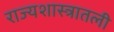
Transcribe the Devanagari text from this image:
राज्यशास्त्रातली